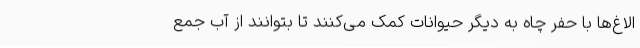
الاغ‌ها با حفر چاه به دیگر حیوانات کمک می‌کنند تا بتوانند از آب جمع